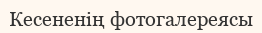
Кесененің фотогалереясы